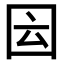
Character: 𡇁